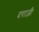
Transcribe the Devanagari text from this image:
दराज़ी